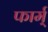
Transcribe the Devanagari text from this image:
फार्म्